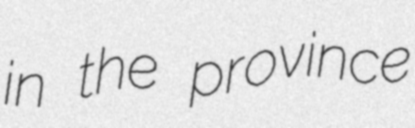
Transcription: in the province